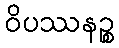
ဝိပဿနဉ္စ